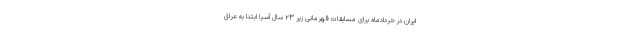
ایران در خردادماه برای مسابقات قهرمانی زیر ۲۳ سال آسیا ابتدا به عراق